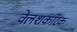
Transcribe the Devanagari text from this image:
क्लेशकारक